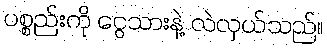
ပစ္စည်းကို ငွေသားနဲ့ လဲလှယ်သည်။